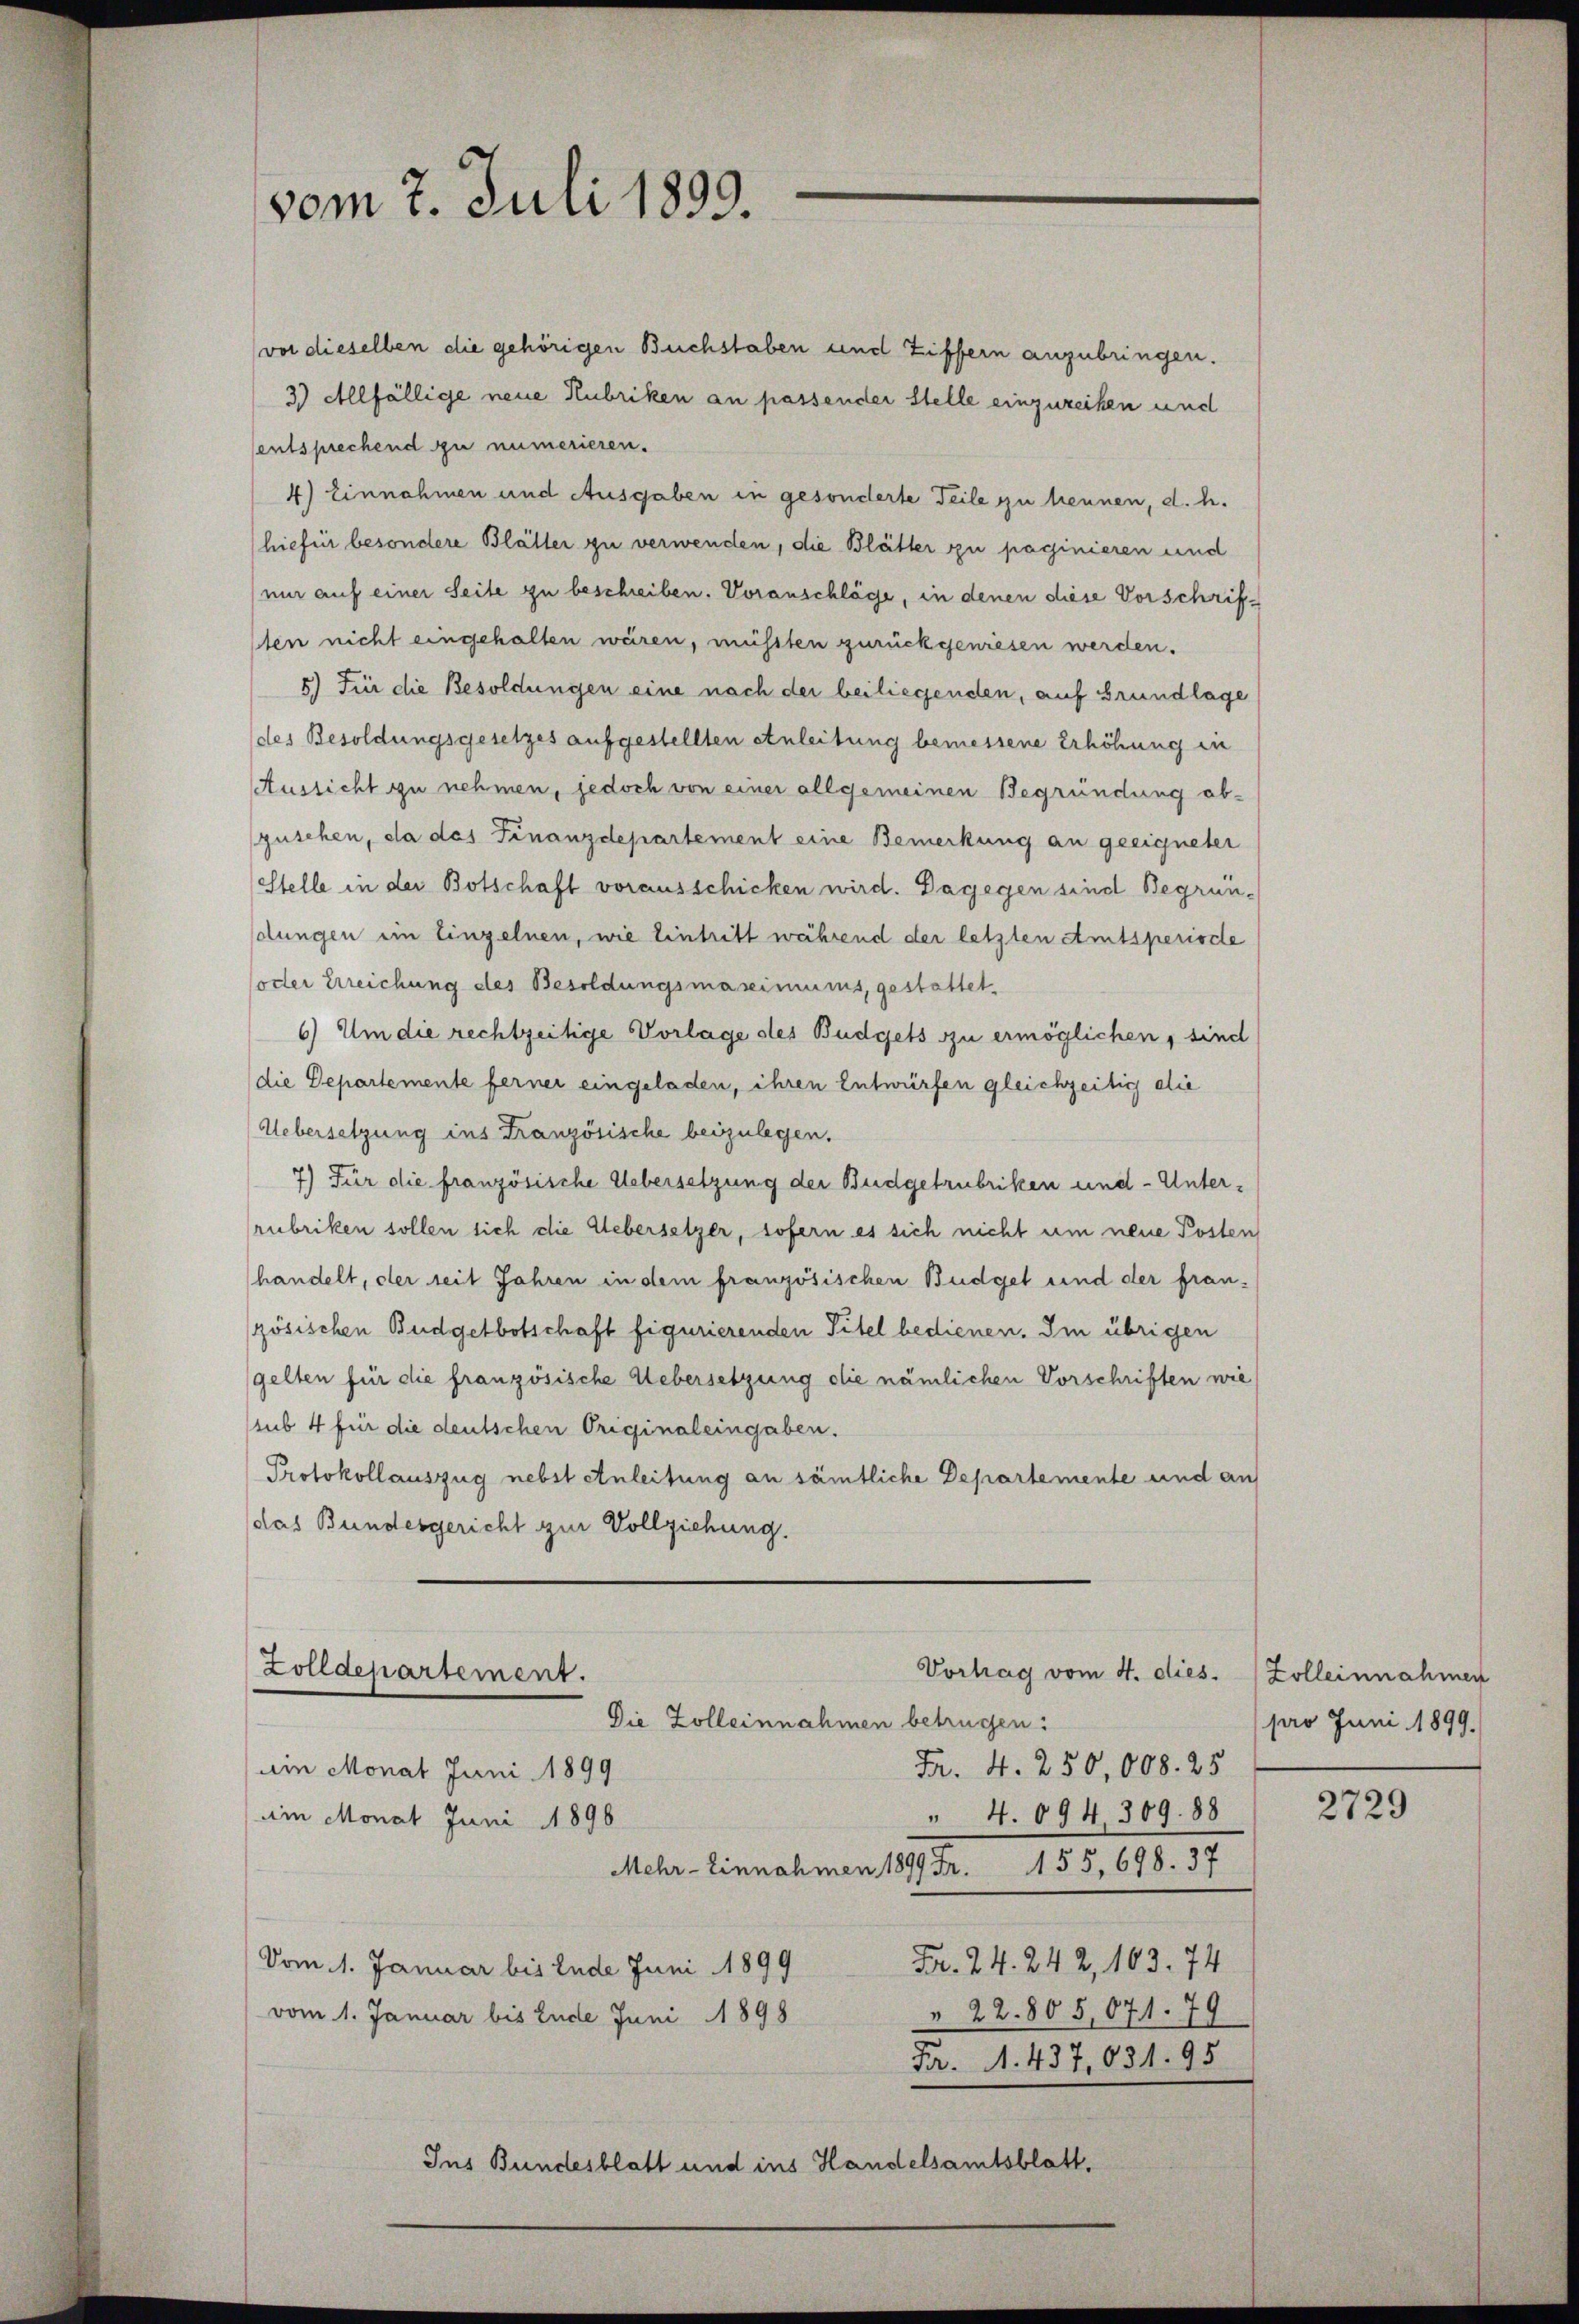
vom 7. Juli 1899.

vor dieselben die gehörigen Buchstaben und Ziffern anzubringen.
3) Allfällige neue Rubriken an passender Stelle einzuzeihen und
entsprechend zu numerieren.
4) Einnahmen und Ausgaben in gesonderte Teile zu trennen, d. h.
hiefür besondere Blätter zu verwenden, die Blätter zu paginieren und
mir auf einer Seite zu beschreiben. Voranschläge, in denen diese Vorschrifsten nicht eingehalten wären, müssten zurückgewiesen werden.
5.) Für die Besoldungen eine nach der beiliegenden, auf Grundlage
des Besoldungsgesetzes aufgestellten Anleitung bemessene Erhöhung in
Aussicht zu nehmen, jedoch von einer allgemeinen Begründung ab-
gusehen, da das Finanzdepartement eine Bemerkung an geeigneter
Stelle in der Botschaft vorausschicken wird. Dagegen sind Begründlungen im Einzelnen, wie Eintritt während der letzten Amtsperiode
oder Erreichung des Besoldungsmassiniums, gestattet
6) Um die rechtzeitige Vorlage des Budgets zu ermöglichen, sind
die Departemente ferner eingeladen, ihren Entwürfen gleichzeitig die
Uebersetzung ins Französische beizulegen.
7) Für die französische Uebersetzung der Budgetrubriken und - Unterrubriken sollen sich die Uebersetzer, sofern es sich nicht um neue Posten
handelt, der seit Jahren in dem französischen Budget und der fran-
zösischen Budgetbotschaft figurierenden Titel bedienen. Im übrigen
gelten für die französische Uebersetzung die nämlichen Vorschriften wie
stus 4 für die deutschen Originaleingaben.
Protokollauszug nebst Anleitung an sämtliche Departemente und au
das Bundesgericht zur Vollziehung.

Fr. 4. 250,008. 25
ain Monat Juni 1899
" 4. 094 309. 88
am Monat Juni 1896
Mehr- Einnahmen 1899 Fr. 155, 698. 37
Fr. 24. 242, 103. 74
Vom 11. Januar bis Ende Juni 1899
 22. 805,071. 79
vom 1. Januar bis Ende Juni 1898
Fa. N. 437, 631. 95
Ins Bundesblatt und ins Handelsamtsblatt,

Vorhag vom 4. dies.
Zolldepartement.
Die Zolleinnahmen betrügen:

Zolleinnahmen
pro Juni 1899.

2729